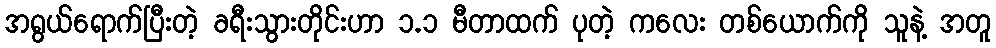
အရွယ်ရောက်ပြီးတဲ့ ခရီးသွားတိုင်းဟာ ၁.၁ မီတာထက် ပုတဲ့ ကလေး တစ်ယောက်ကို သူနဲ့ အတူ